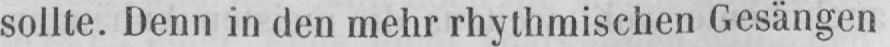
sollte. Denn in den mehr rhythmischen Gesängen